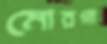
মোরগা